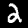
Label: 2